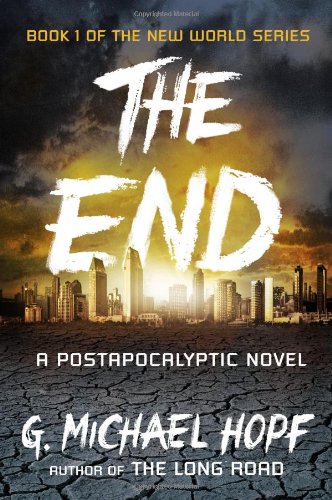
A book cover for The End: A Postapocalyptic Novel (The New World Series); G. Michael Hopf; Science Fiction & Fantasy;